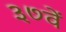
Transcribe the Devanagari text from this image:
३७वें